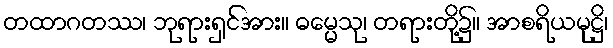
တထာဂတဿ၊ ဘုရားရှင်အား။ ဓမ္မေသု၊ တရားတို့၌။ အာစရိယမုဋ္ဌိ၊